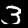
Label: 3